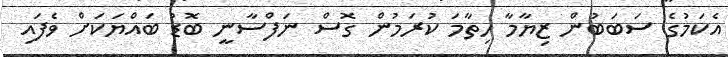
އެކަމުގެ ސަބަބުން ޒިޔާމާ ހިތާމަ ކުރަމުން ގޮސް ނަފްސާނީ ބޮޑު ބައްޔަކަށް ވެފައި